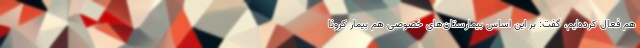
هم فعال کرده‌ایم، گفت: بر این اساس بیمارستان‌های خصوصی هم بیمار کرونا